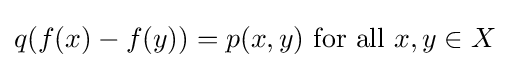
q(f(x)-f(y))=p(x,y){\text{ for all }}x,y\in X